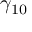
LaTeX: \gamma _ { 1 0 }